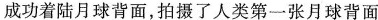
成功着陆月球背面，拍摄了人类第一张月球背面